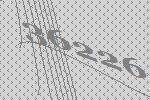
36226